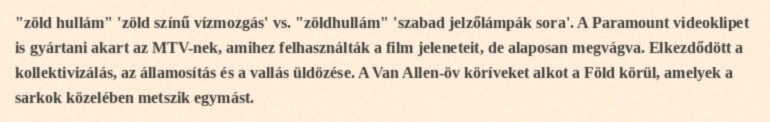
"zöld hullám" 'zöld színű vízmozgás' vs. "zöldhullám" 'szabad jelzőlámpák sora'. A Paramount videoklipet is gyártani akart az MTV-nek, amihez felhasználták a film jeleneteit, de alaposan megvágva. Elkezdődött a kollektivizálás, az államosítás és a vallás üldözése. A Van Allen-öv köríveket alkot a Föld körül, amelyek a sarkok közelében metszik egymást.